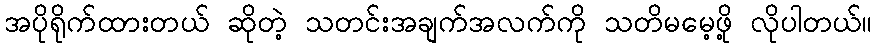
အပိုရိုက်ထားတယ် ဆိုတဲ့ သတင်းအချက်အလက်ကို သတိမမေ့ဖို့ လိုပါတယ်။